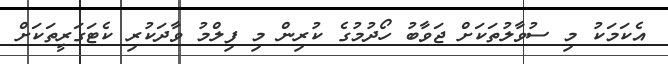
އެކަމަކު މި ސުވާލުތަކަށް ޖަވާބު ހޯދުމުގެ ކުރިން މި ފިލްމު ވާދަކުރި ކެޓަގަރީތަކަށް